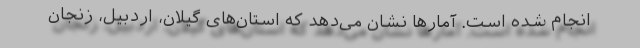
انجام شده است. آمار‌ها نشان می‌دهد که استان‌های گیلان، اردبیل، زنجان